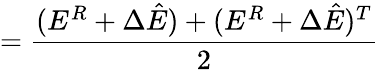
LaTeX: =\frac{(E^{R}+\Delta\hat{E})+(E^{R}+\Delta\hat{E})^{T}}{2}